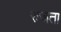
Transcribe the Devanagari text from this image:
रुजता